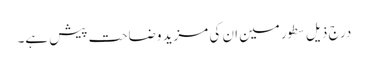
درج ذیل سطور مین ان کی مزید وضاحت پیش ہے۔